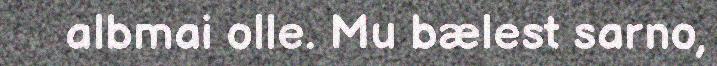
albmai olle. Mu bælest sarno,